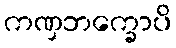
ကဏှဘက္ခောပိ